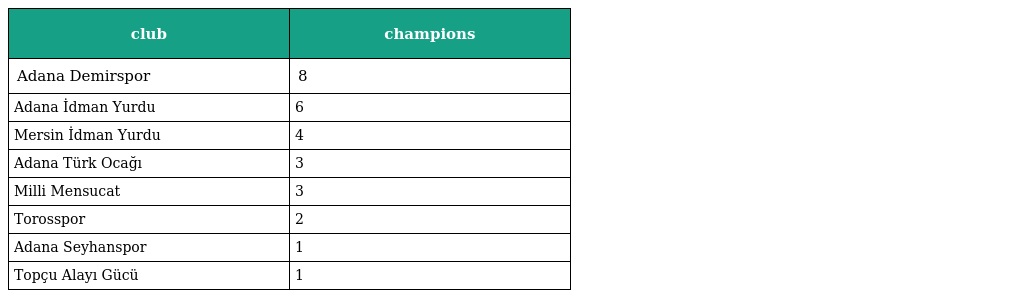
| club | champions |
 | --- | --- |
 | Adana Demirspor | 8 |
 | Adana İdman Yurdu | 6 |
 | Mersin İdman Yurdu | 4 |
 | Adana Türk Ocağı | 3 |
 | Milli Mensucat | 3 |
 | Torosspor | 2 |
 | Adana Seyhanspor | 1 |
 | Topçu Alayı Gücü | 1 |